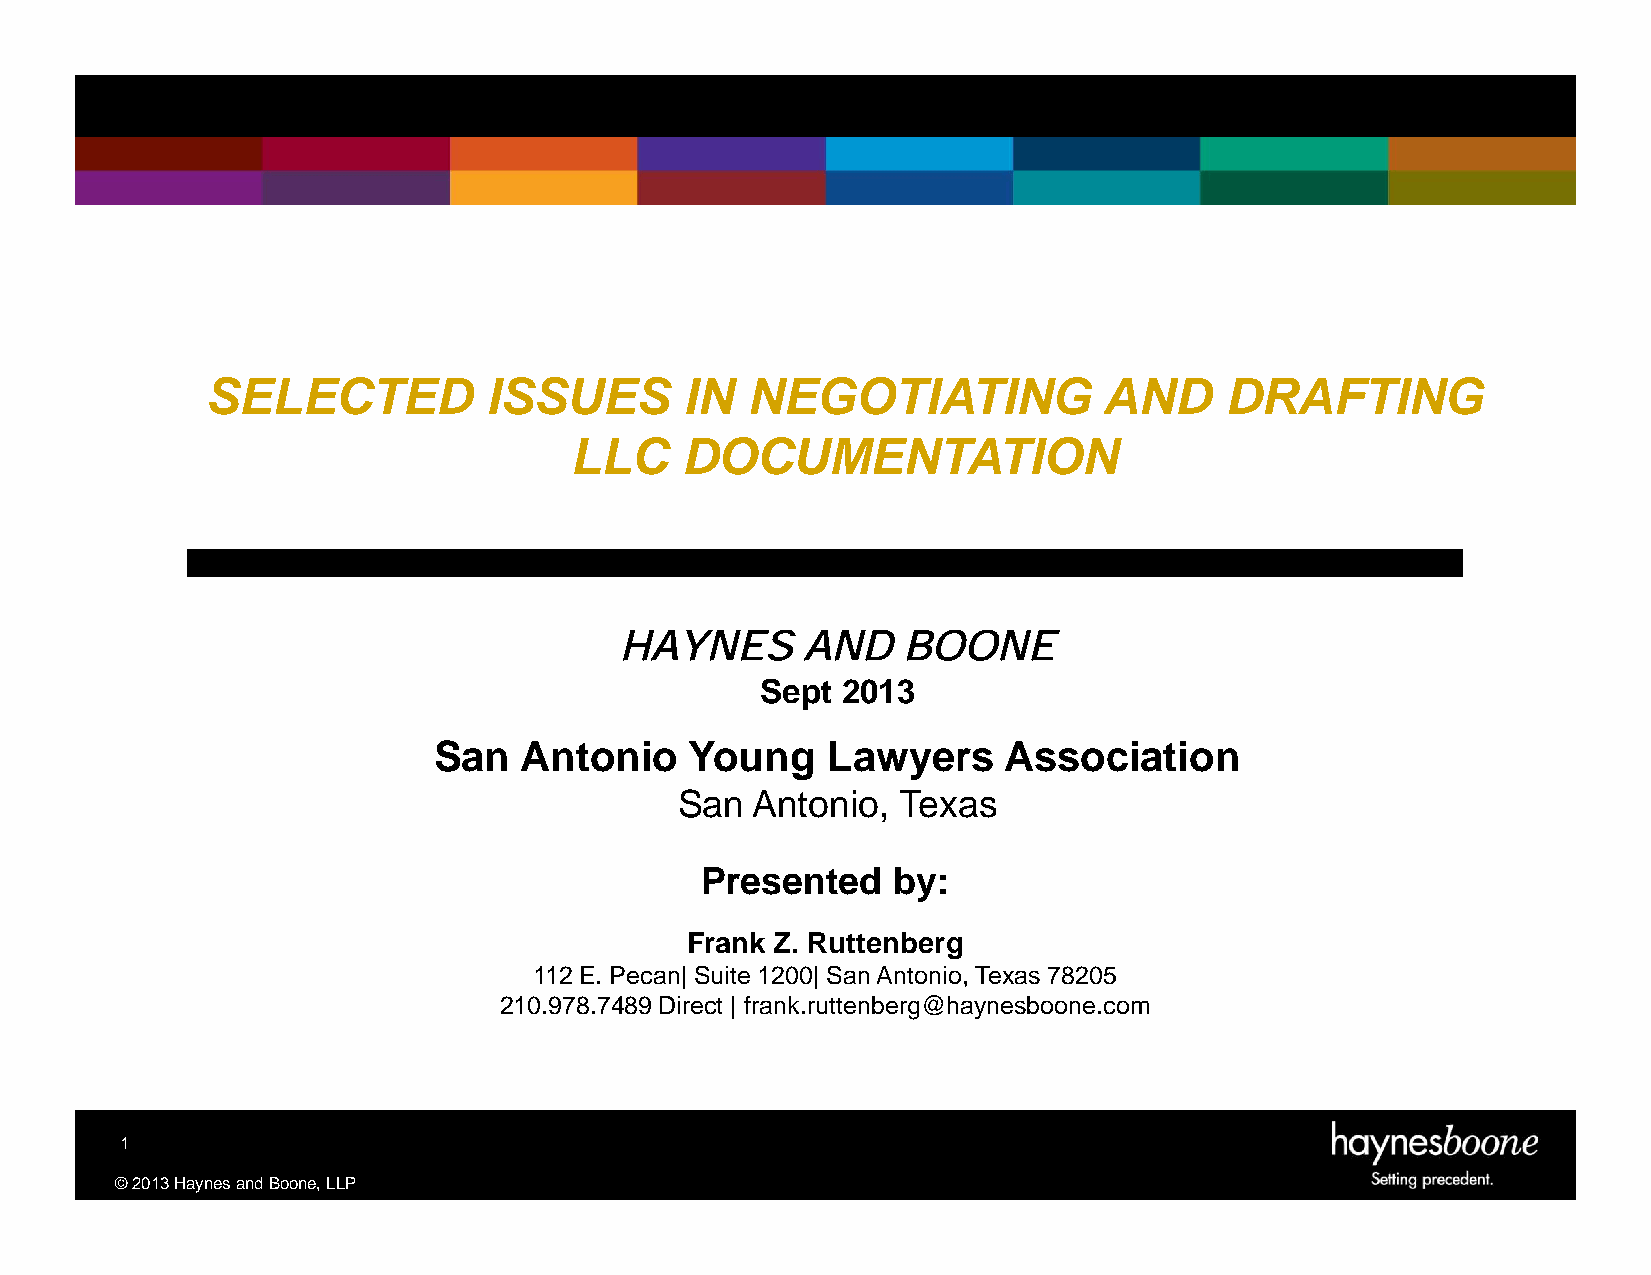
SELECTED          ISSUES       IN  NEGOTIATING             AND     DRAFTING
 LLC    DOCUMENTATION
 HAYNESANDBOONE
 Sept  2013
 San  Antonio     Young    Lawyers    Association
 San  Antonio,  Texas
 Presented    by:
 Frank Z. Ruttenberg
 112 E. Pecan| Suite 1200|SanAntonio,Texas 78205
 210.978.7489Direct | frank.ruttenberg@haynesboone.com
 1
 ©2013HaynesandBoone,LLP